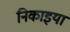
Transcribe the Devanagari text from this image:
निकाइया